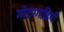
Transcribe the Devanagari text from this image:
मोटरगाडियाँ